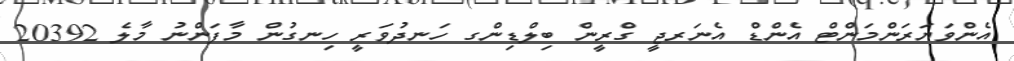
އެންވަޔަރަންމަންޓް އެންޑް އެނަރޖީ ގްރީން ބިލްޑިންގ ހަނދުވަރީ ހިނގުން މާފަންނު މާލެ 20392